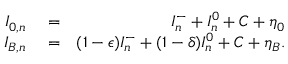
\begin{array} { r l r } { I _ { 0 , n } } & { { } = } & { I _ { n } ^ { - } + I _ { n } ^ { 0 } + C + \eta _ { 0 } } \\ { I _ { B , n } } & { { } = } & { ( 1 - \epsilon ) I _ { n } ^ { - } + ( 1 - \delta ) I _ { n } ^ { 0 } + C + \eta _ { B } . } \end{array}